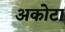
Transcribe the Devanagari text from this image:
अकोटा